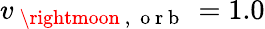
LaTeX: v_{\mathrm{~\rightmoon~,~\mathrm{~o~r~b~}~}}=1.0